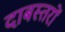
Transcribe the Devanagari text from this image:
दाबस्तरों